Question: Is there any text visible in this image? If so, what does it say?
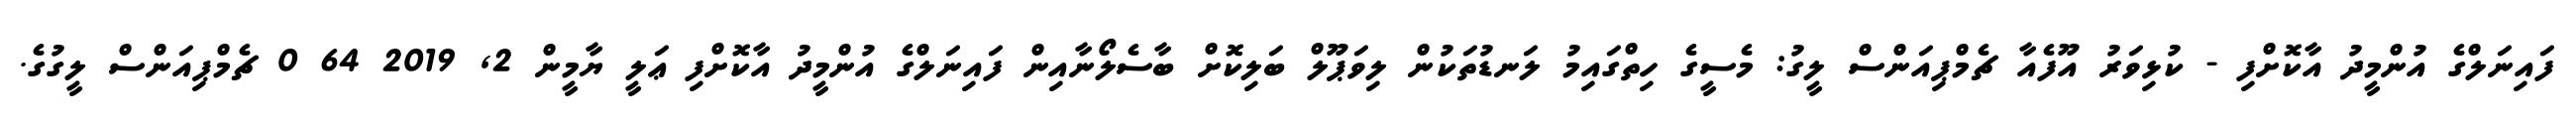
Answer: ފައިނަލްގެ އުންމީދު އާކޮށްފި - ކުޅިވަރު އޫފެއާ ޗެމްޕިއަންސް ލީގު: މެސީގެ ހިތްގައިމު ލަނޑުތަކުން ލިވަޕޫލް ބަލިކޮށް ބާސެލޯނާއިން ފައިނަލްގެ އުންމީދު އާކޮށްފި ޢަލީ ޔާމީން 2, 2019 64 0 ޗެމްޕިއަންސް ލީގުގެ.